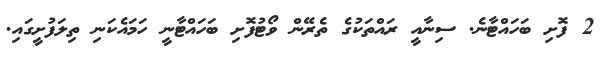
2 ފޮށި ބަހައްޓާނެ. ސިނާއީ ރައްތަކުގެ ތެރޭން ވޯޓުފޮށި ބަހައްޓާނީ ހަމައެކަނި ތިލަފުށީގައި.